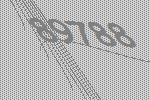
89788